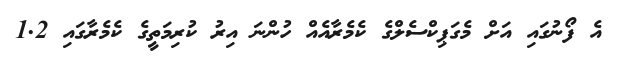
އެ ފޯނުގައި އަށް މެގަޕިކްސެލްގެ ކެމެރާއެއް ހުންނަ އިރު ކުރިމަތީގެ ކެމެރާގައި 1.2